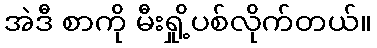
အဲဒီ စာကို မီးရှို့ပစ်လိုက်တယ်။